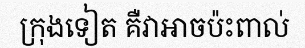
ក្រុងទៀត គឺវាអាចប៉ះពាល់